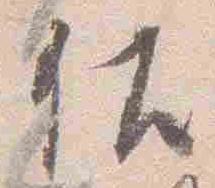
佐